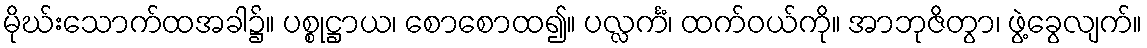
မိုဃ်းသောက်ထအခါ၌။ ပစ္စုဋ္ဌာယ၊ စောစောထ၍။ ပလ္လင်္ကံ၊ ထက်ဝယ်ကို။ အာဘုဇိတွာ၊ ဖွဲ့ခွေလျက်။